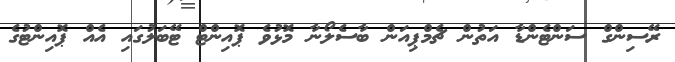
ރޭސިންގް ސަންޓެންޑާ އަތުން ޗެމްޕިއަން ބާސެލޯނާ މޮޅުވެ ޕޮއިންޓް ޓޭބަލުގައި އެއް ޕޮއިންޓުގެ